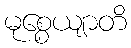
မုစ္စေယျာတိ